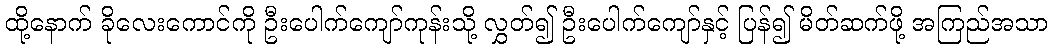
ထို့နောက် ခိုလေးကောင်ကို ဦးပေါက်ကျော်ကုန်းသို့ လွှတ်၍ ဦးပေါက်ကျော်နှင့် ပြန်၍ မိတ်ဆက်ဖို့ အကြည်အသာ